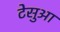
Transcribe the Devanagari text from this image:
टेसुआ